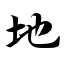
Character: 地